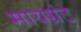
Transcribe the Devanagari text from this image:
मायग्रंट